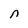
Character: n